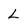
Character: L